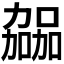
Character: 𫦹